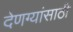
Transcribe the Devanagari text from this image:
देणग्यांसाठी